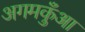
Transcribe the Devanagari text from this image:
अगमकुँआ